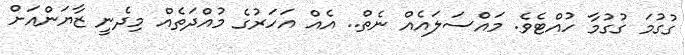
ގުގުމަ ގުގުމާ ހުއްޓެވެ. މައްސަލައެއް ނެތް.. އެއް އަހަރުގެ މުއްދަތެއް މިދެނީ ޒާޔަންއަށް